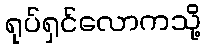
ရုပ်ရှင်လောကသို့